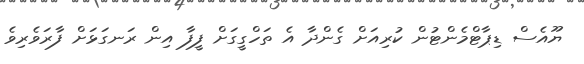
ޔޫއެސް ޑިޕާޓްމެންޓުން ކުރިއަށް ގެންދާ އެ ތަހްގީގަށް ފީފާ އިން ރަނގަޅަށް ފާރަވެރިވެ